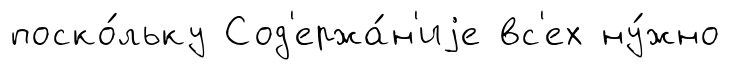
поско́льку Сод'ержа́н'иjе вс'ех ну́жно